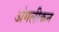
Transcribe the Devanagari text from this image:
अंगलीकन